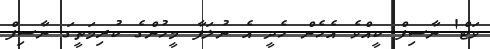
ވަޓް! ނާސިފް ކީއްވެ އެހެން ހެދީ އެ ނުލަފާ މީހުންގެ ކުރިމަތީގަ ނާސިފް